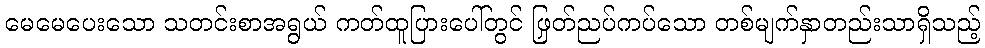
မေမေပေးသော သတင်းစာအရွယ် ကတ်ထူပြားပေါ်တွင် ဖြတ်ညှပ်ကပ်သော တစ်မျက်နှာတည်းသာရှိသည့်